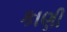
કાણી